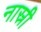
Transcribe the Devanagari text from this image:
नास्री